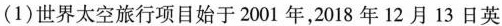
(1)世界太空旅行项目始于2001年，2018年12月13日英